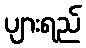
ပျားရည်